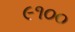
૯૧૦૦